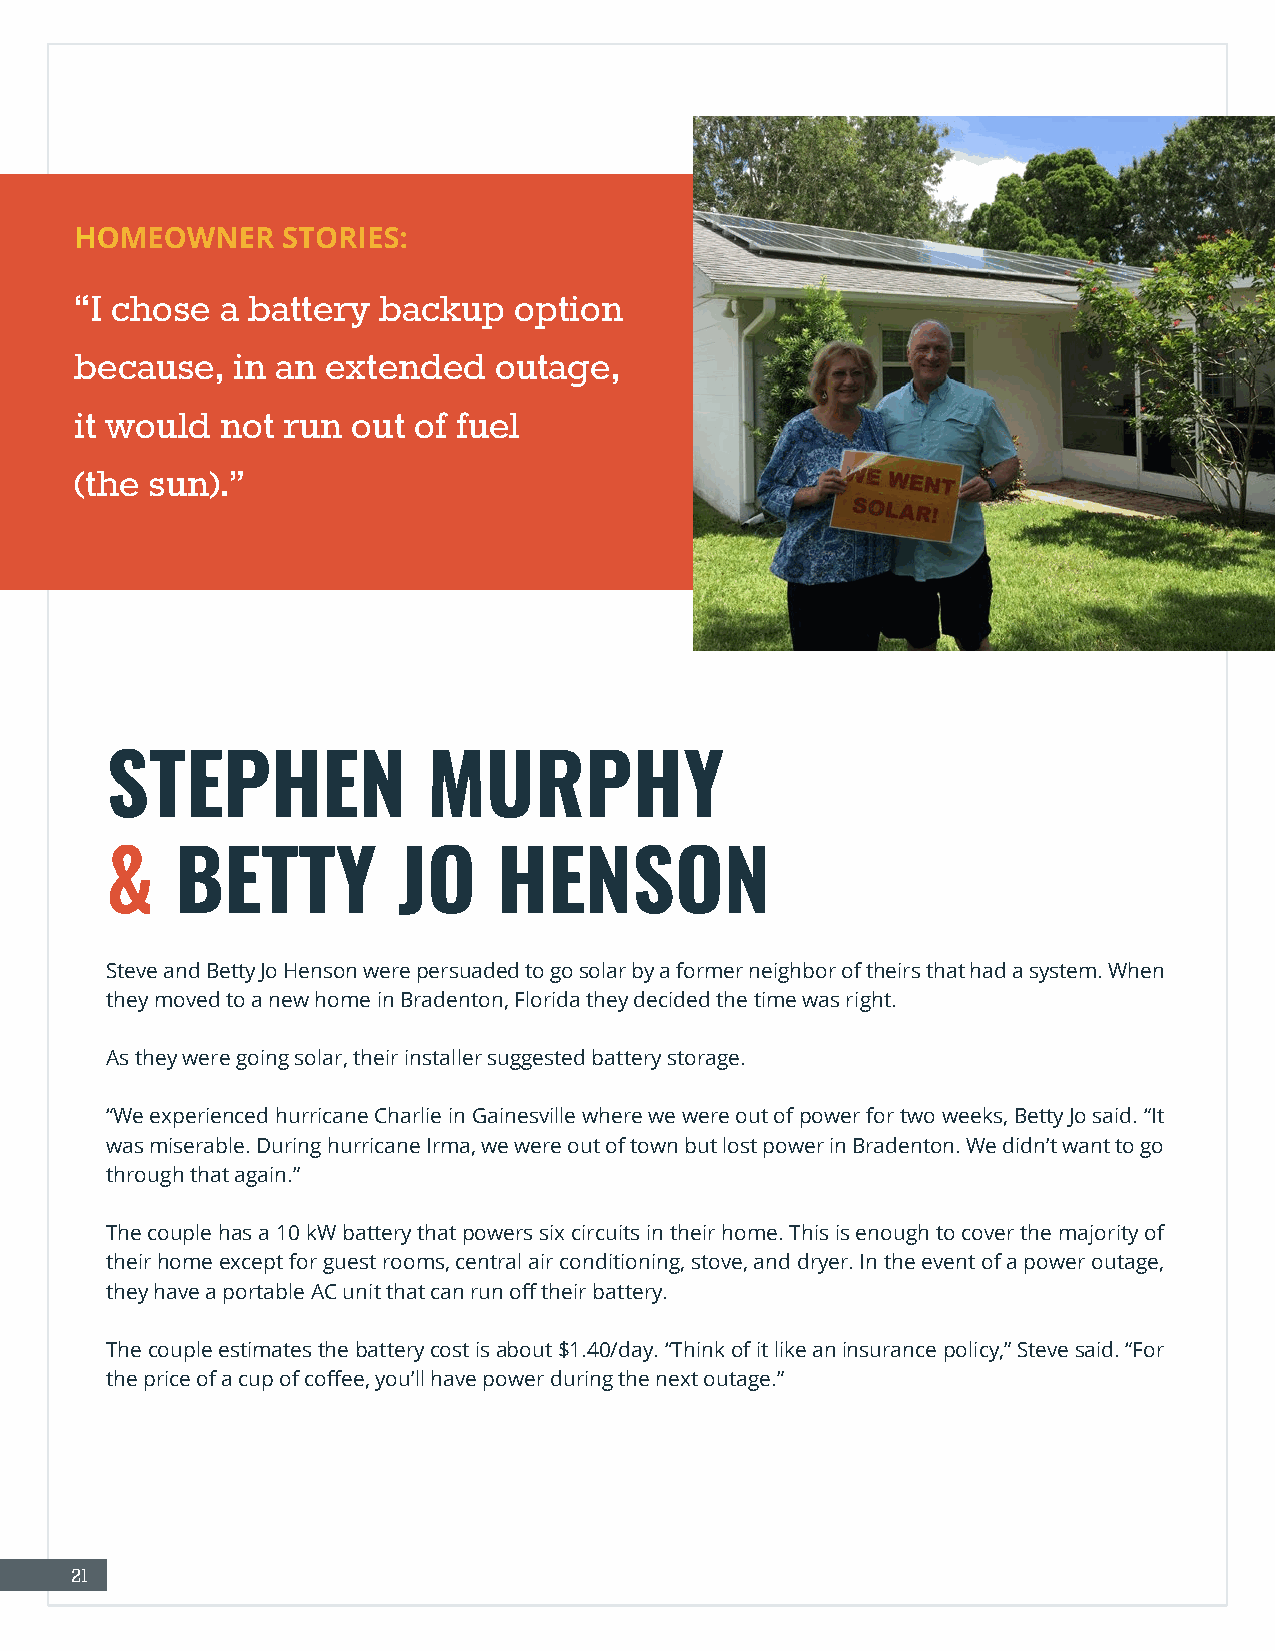
HOMEOWNER     STORIES:
 “I chose  a battery backup   option
 because,  in an  extended   outage,
 it would  not run out of fuel
 (the sun).”
 STEPHEN              MURPHY
 &    BETTY         JO     HENSON
 Steve and Betty Jo Henson were persuaded to go solar by a former neighbor of theirs that had a system. When
 they moved to a new home in Bradenton, Florida they decided the time was right.
 As they were going solar, their installer suggested battery storage.
 “We experienced hurricane Charlie in Gainesville where we were out of power for two weeks, Betty Jo said. “It
 was miserable. During hurricane Irma, we were out of town but lost power in Bradenton. We didn’t want to go
 through that again.”
 The couple has a 10 kW battery that powers six circuits in their home. This is enough to cover the majority of
 their home except for guest rooms, central air conditioning, stove, and dryer. In the event of a power outage,
 they have a portable AC unit that can run off their battery.
 The couple estimates the battery cost is about $1.40/day. “Think of it like an insurance policy,” Steve said. “For
 the price of a cup of coffee, you’ll have power during the next outage.”
 21